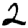
Digit: 2